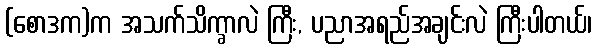
(စောဒက)က အသက်သိက္ခာလဲ ကြီး, ပညာအရည်အချင်းလဲ ကြီးပါတယ်၊